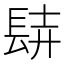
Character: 𨱺